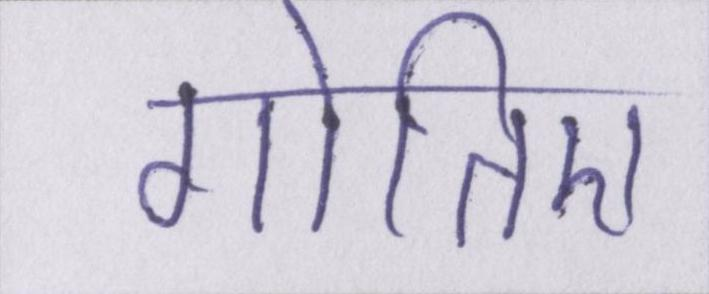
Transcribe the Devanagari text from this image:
गोतिए